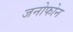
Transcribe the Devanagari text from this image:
जनोफोन